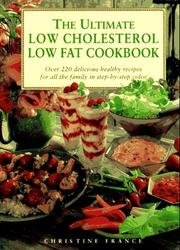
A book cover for The Ultimate Low Cholesterol Low Fat Cookbook - Over 220 Delicious Healthy Recipes - Step-by-step; Christine France; Cookbooks, Food & Wine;